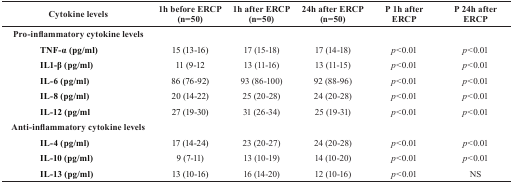
| Cytokine levels | 1h before ERCP (n=50) | 1h after ERCP (n=50) | 24h after ERCP (n=50) | P 1h after ERCP | P 24h after ERCP |
 | --- | --- | --- | --- | --- | --- |
 | <COLSPAN=6> Pro-inflammatory cytokine levels |
 | TNF-α (pg/ml) | 15 (13-16) | 17 (15-18) | 17 (14-18) | p<0.01 | p<0.01 |
 | IL1-β (pg/ml) | 11 (9-12 | 13 (11-16) | 13 (11-15) | p<0.01 | p<0.01 |
 | IL-6 (pg/ml) | 86 (76-92) | 93 (86-100) | 92 (88-96) | p<0.01 | p<0.01 |
 | IL-8 (pg/ml) | 20 (14-22) | 25 (20-28) | 24 (20-28) | p<0.01 | p<0.01 |
 | IL-12 (pg/ml | 27 (19-30) | 31 (26-34) | 25 (19-31) | p<0.01 | p<0.01 |
 | <COLSPAN=6> Anti-inflammatoryvcytokine levels |
 | IL-4 (pg/ml) | 17 (14-24) | 23 (20-27) | 24 (20-28) | p<0.01 | p<0.01 |
 | IL-10 (pg/ml) | 9 (7-11) | 13 (10-19) | 14 (10-20) | p<0.01 | p<0.01 |
 | IL-13 (pg/ml) | 13 (10-16) | 16 (14-20) | 12 (10-16) | p<0.01 | NS |